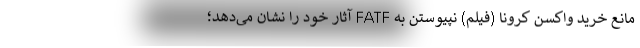
مانع خرید واکسن کرونا (فیلم) نپیوستن به FATF آثار خود را نشان می‌دهد؛